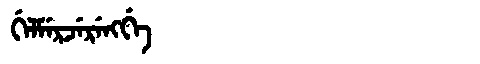
Manchu: ᡤᡝᠯᠮᡝᡵᠵᡝᡵᡝᠩᡤᡝ
Romanization: GELMERJERENGGE